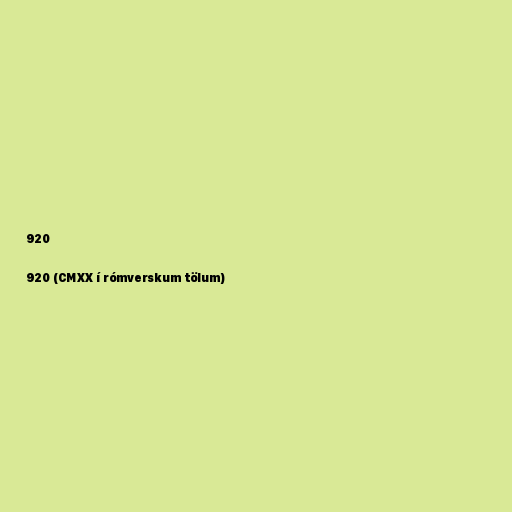
920

920 (CMXX í rómverskum tölum)